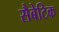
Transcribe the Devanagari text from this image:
सैबेटिक